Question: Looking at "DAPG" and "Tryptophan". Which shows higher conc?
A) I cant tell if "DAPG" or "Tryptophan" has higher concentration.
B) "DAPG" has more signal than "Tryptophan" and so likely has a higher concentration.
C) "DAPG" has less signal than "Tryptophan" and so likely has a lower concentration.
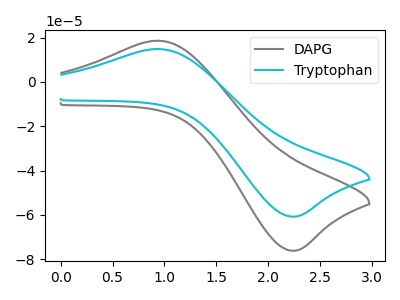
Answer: <think>The gray curve "DAPG" has an anodic peak at (0.95V, 18.60uA) and a cathodic peak at (2.20V, -76.15uA). The cyan curve "Tryptophan" has an anodic peak at (0.95V, 14.85uA) and a cathodic peak at (2.20V, -60.80uA).
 All the peaks in "DAPG" have a peak in "Tryptophan" at the same potential. Every peak in "DAPG" is higher than every peak in "Tryptophan".</think>
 <answer>B) "DAPG" has more signal than "Tryptophan" and so likely has a higher concentration.</answer>
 <eval>B</eval>